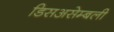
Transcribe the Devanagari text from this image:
डिसअसेम्बली